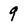
Character: 9